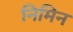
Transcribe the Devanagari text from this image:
निमिन